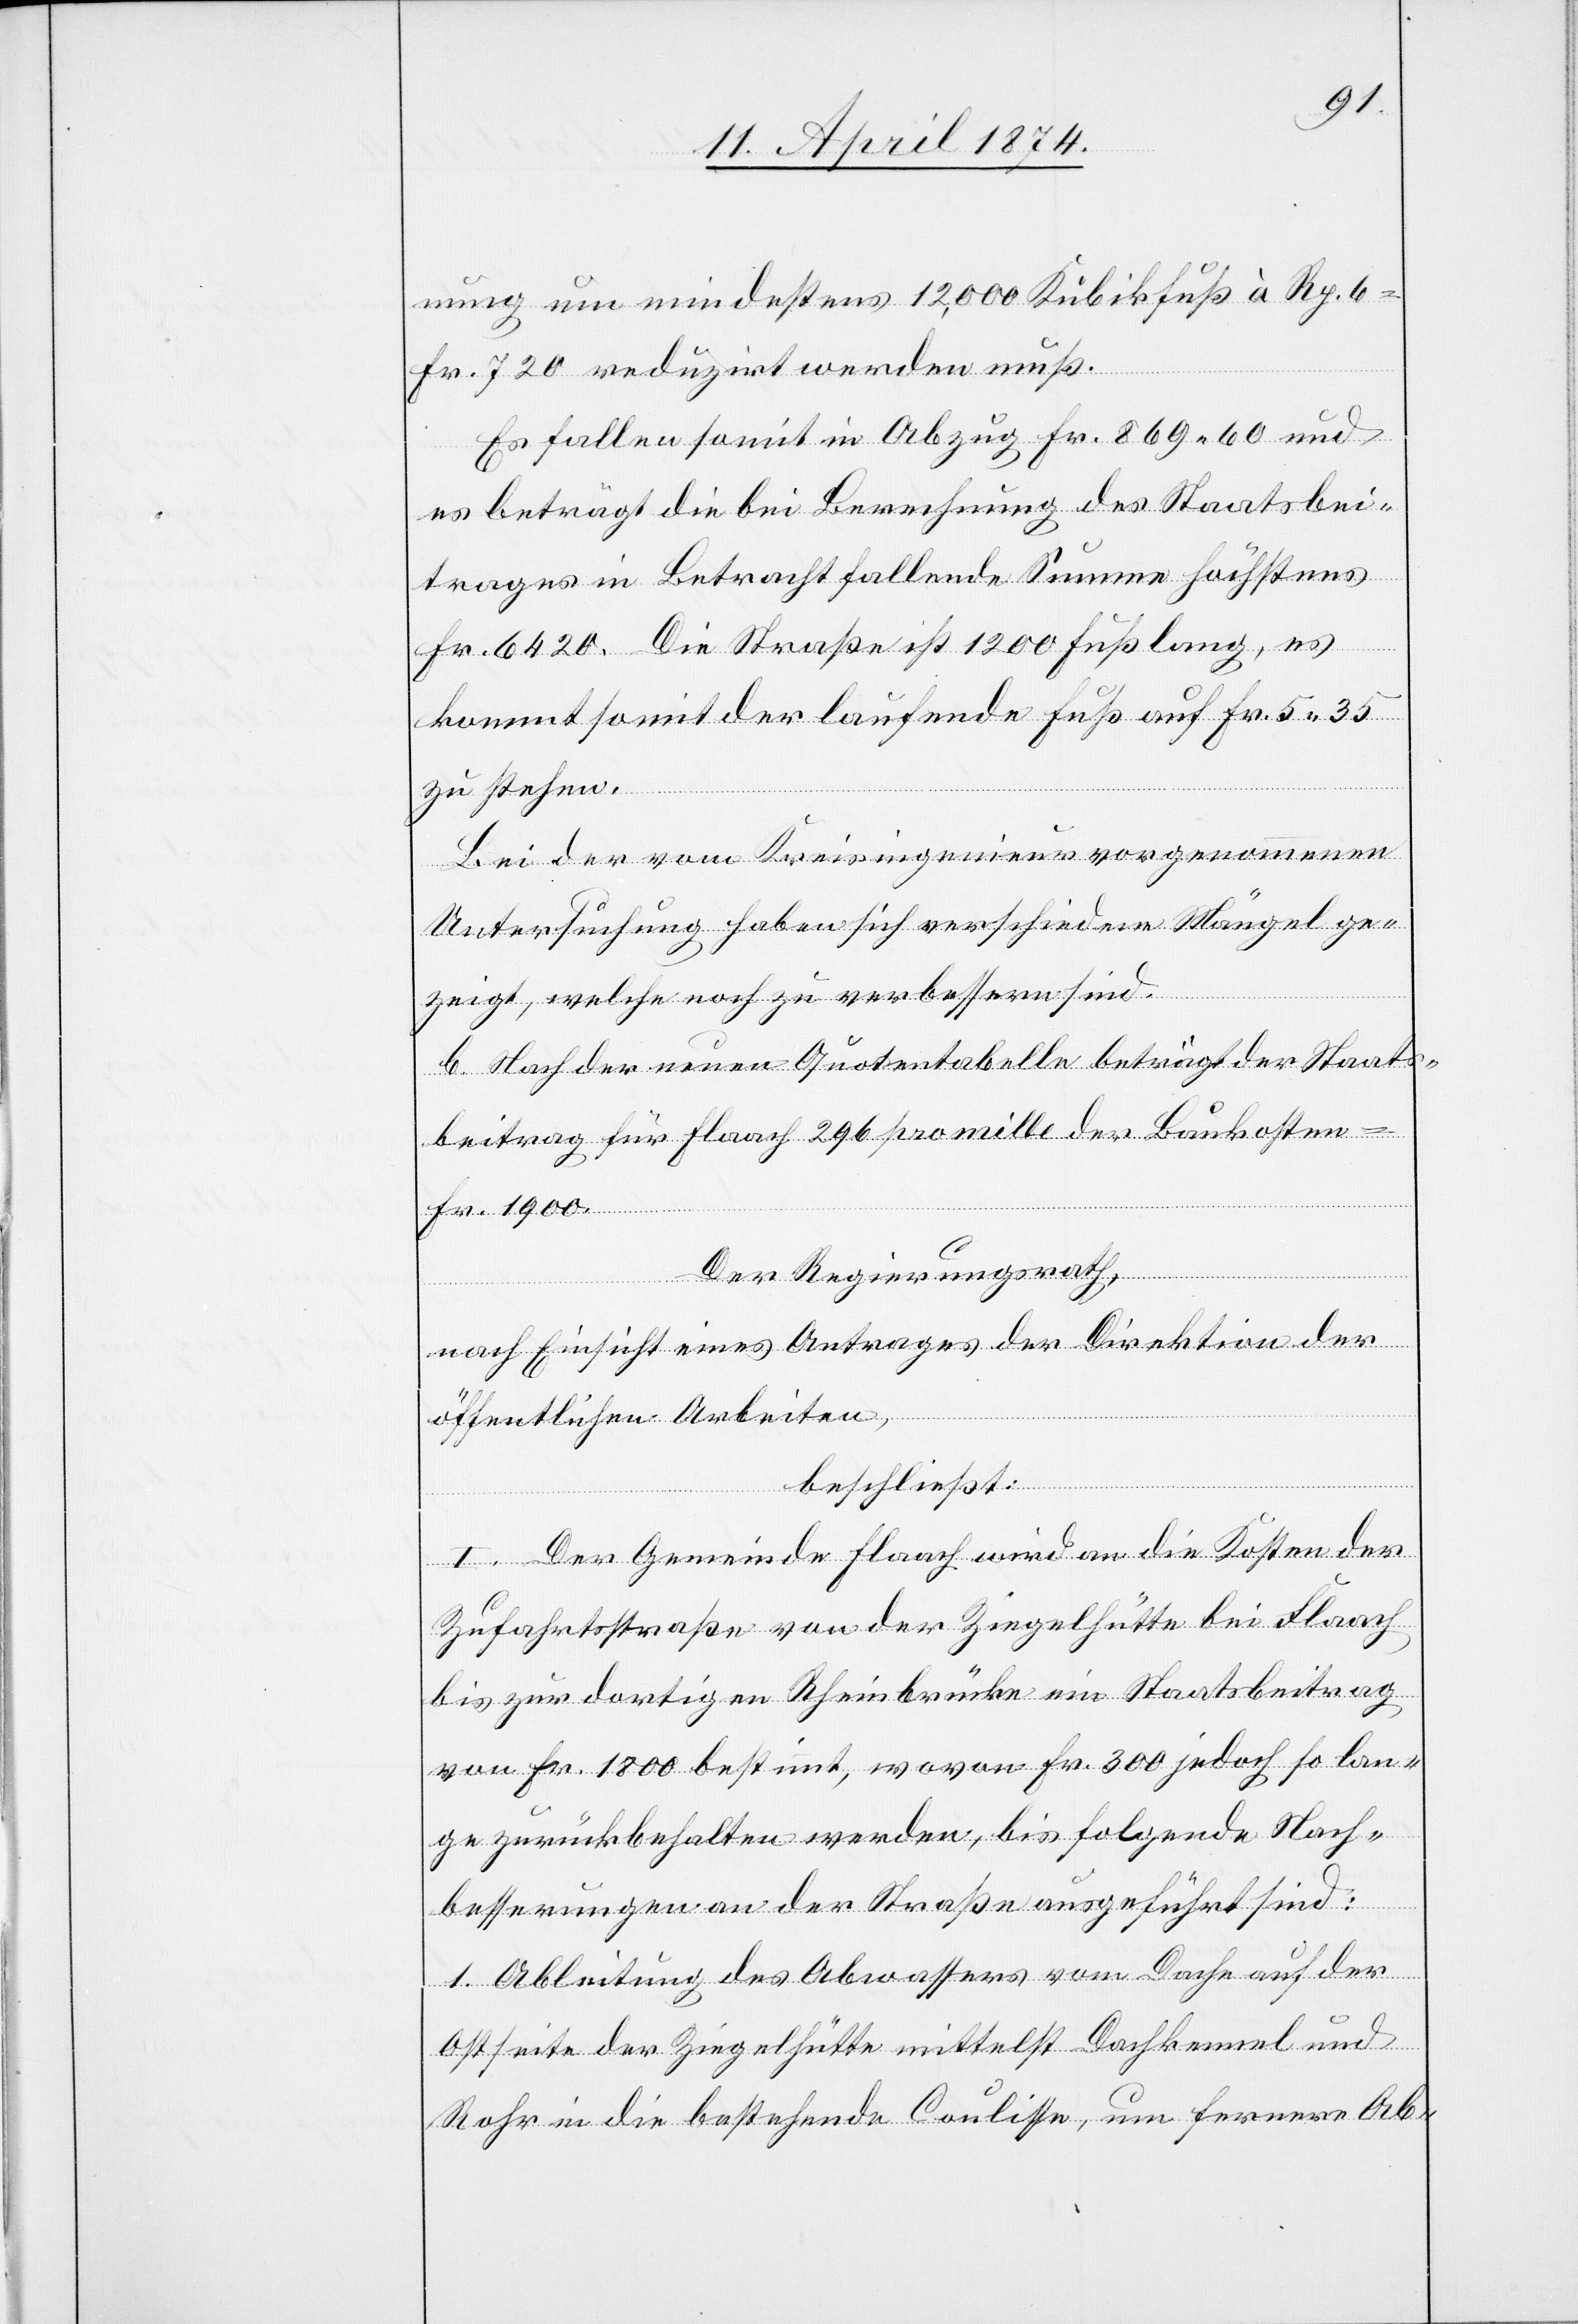
nung um mindestens 12,000 Kubikfuß à Rp. 6
Fr. 720 reduzirt werden muß.
Es fallen somit in Abzug Fr. 869.60 und
es beträgt die bei Berechnung des Staatsbei¬
trages in Betracht fallende Summe höchstens
Fr. 6420. Die Straße ist 1200 Fuß lang, es
kommt somit der laufende Fuß auf Fr. 5.35
zu stehen.
Bei der vom Kreisingenieur vorgenommenen
Untersuchung haben sich verschiedene Mängel ge¬
zeigt, welche noch zu verbessern sind.
b. Nach der neuen Quotentabelle beträgt der Staats¬
beitrag für Flaach 296 promille der Baukosten
Fr. 1900.
Der Regierungsrath,
nach Einsicht eines Antrages der Direktion der
öffentlichen Arbeiten,
beschließt:
I. Der Gemeinde Flaach wird an die Kosten der
Zufahrtsstraße von der Ziegelhütte bei Flaach
bis zur dortigen Rheinbrücke ein Staatsbeitrag
von Fr. 1800 bestimmt, wovon Fr. 300 jedoch so lan¬
ge zurückbehalten werden, bis folgende Nach¬
besserungen an der Straße ausgeführt sind:
1. Ableitung des Abwassers vom Dache auf der
Ostseite der Ziegelhütte mittelst Dachkanal und
Rohr in die bestehende Coulisse, um fernere Ab-